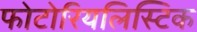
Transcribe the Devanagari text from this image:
फोटोरियलिस्टिक